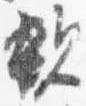
親